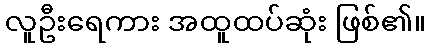
လူဦးရေကား အထူထပ်ဆုံး ဖြစ်၏။